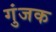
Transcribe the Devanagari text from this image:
गुंजक